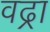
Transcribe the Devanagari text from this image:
वढ्रा